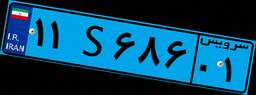
۷۱S۳۶۸۸۴